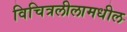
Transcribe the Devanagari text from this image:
विचित्रलीलामधील